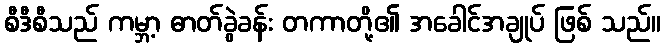
စီဒီစီသည် ကမ္ဘာ့ ဓာတ်ခွဲခန်း တကာတို့၏ အခေါင်အချုပ် ဖြစ် သည်။